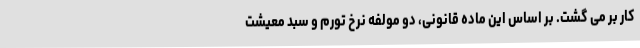
کار بر می گشت. بر اساس این ماده قانونی، دو مولفه نرخ تورم و سبد معیشت